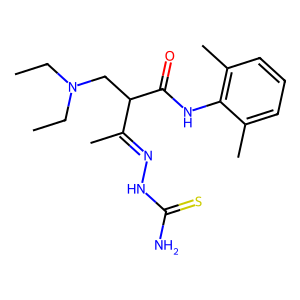
SMILES: CCN(CC)CC(C(=O)Nc1c(C)cccc1C)C(C)=NNC(N)=S
Inhibits HIV replication: No